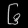
Digit: ၆